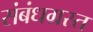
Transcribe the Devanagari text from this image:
संबंधग्रस्त